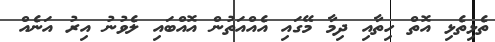
ތެޅިތެޅި އޮތް ހިތާއި ދިމާ މޭގައި އެއްއަތުން އޮއްބައި ލެވުނު އިރު އަނެއް